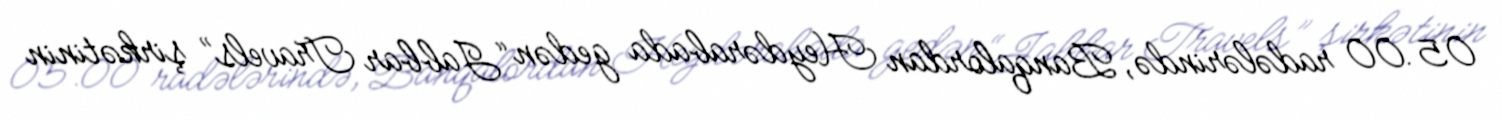
05.00 radələrində, Banqalordan Heydərabada gedən “Jabbar Travels” şirkətinin